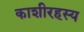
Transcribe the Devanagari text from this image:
काशीरहस्य